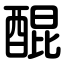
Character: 醌